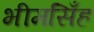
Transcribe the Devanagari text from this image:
भीमसिँह